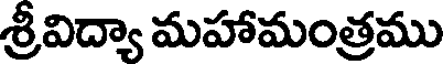
శ్రీవిద్యా మహామంత్రము